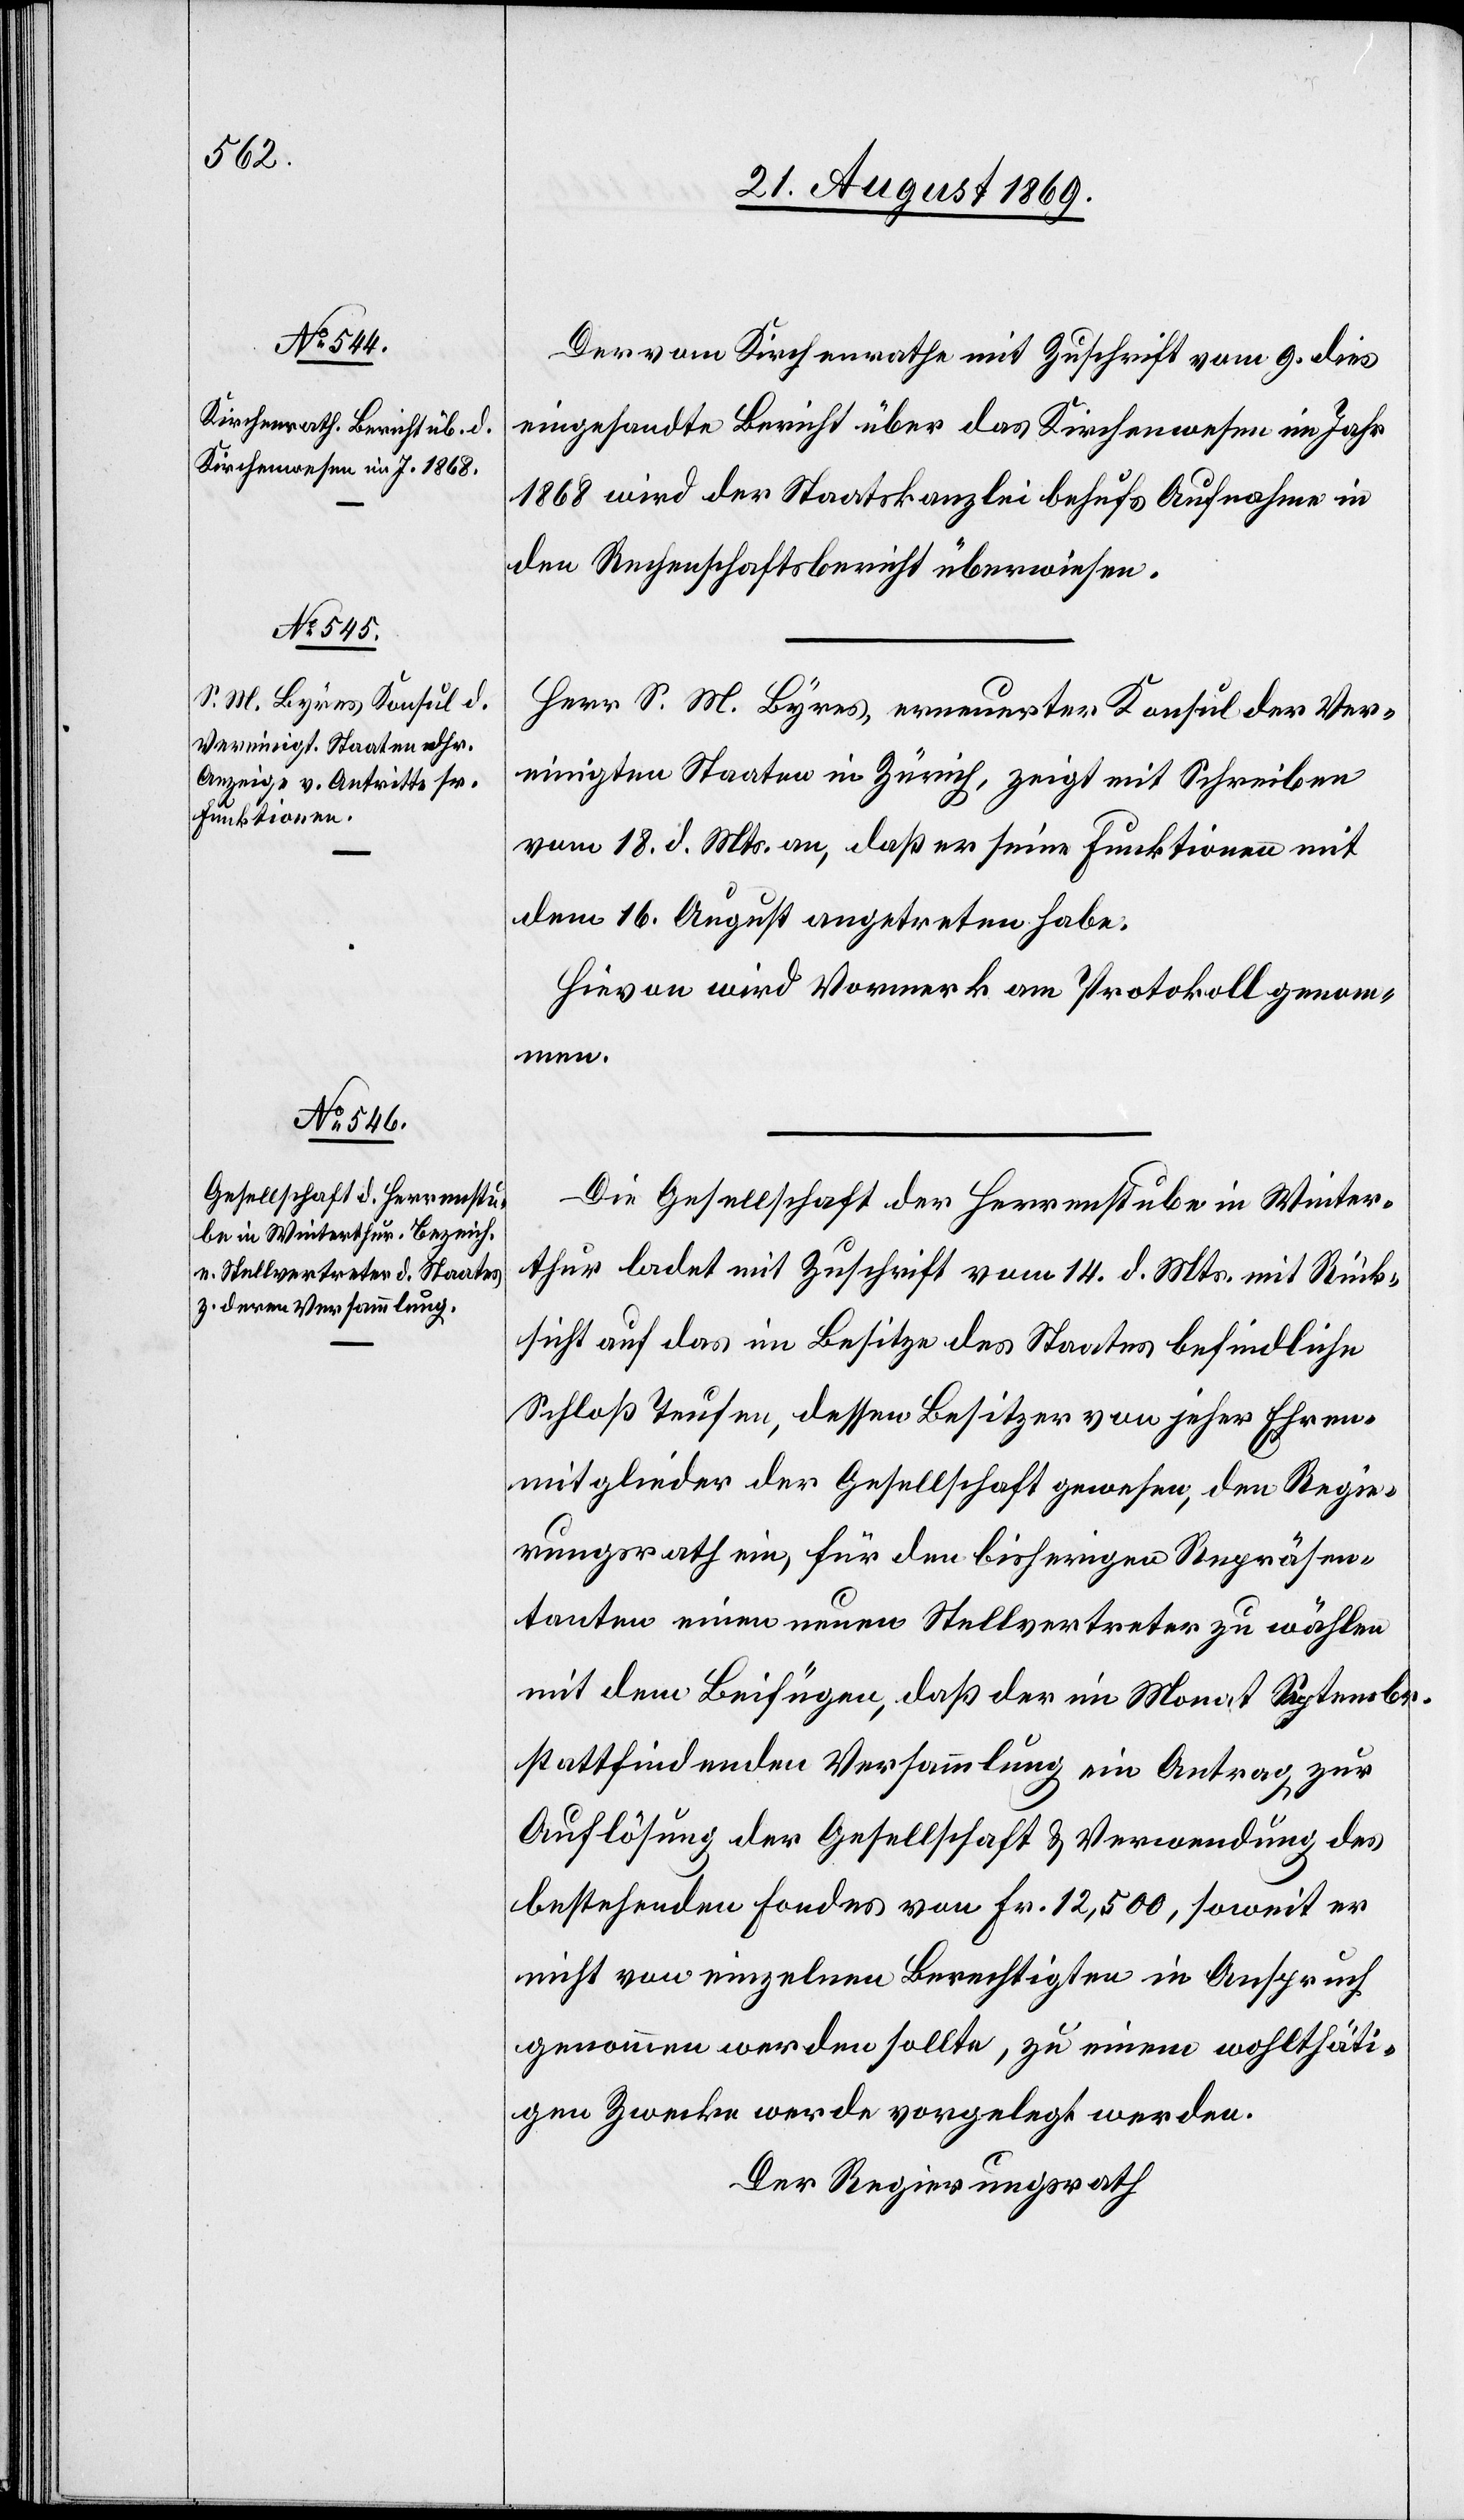
Der vom Kirchenrathe mit Zuschrift vom 9. dies
eingesandte Bericht über das Kirchenwesen im Jahr
1868 wird der Staatskanzlei behufs Aufnahme in
den Rechenschaftsbericht überwiesen.
Herr S. M. Byres, erneuerter Konsul der Ver¬
einigten Staaten in Zürich, zeigt mit Schreiben
vom 18. d. Mts. an, daß er seine Funktionen mit
dem 16. August angetreten habe.
Hievon wird Vormerk am Protokoll genom¬
men.
Die Gesellschaft der Herrenstube in Winter¬
thur ladet mit Zuschrift vom 14. d. Mts. mit Rück¬
sicht auf das im Besitze des Staates befindliche
Schloß Teufen, dessen Besitzer von jeher Ehren¬
mitglieder der Gesellschaft gewesen, den Regie¬
rungsrath ein, für den bisherigen Repräsen¬
tanten einen neuen Stellvertreter zu wählen
mit dem Beifügen, daß der im Monat Septembr.
stattfindenden Versammlung ein Antrag zur
Auflösung der Gesellschaft & Verwendung des
bestehenden Fondes von Fr. 12,500, soweit er
nicht von einzelnen Berechtigten in Anspruch
genommen werden sollte, zu einem wohlthäti¬
gen Zwecke werde vorgelegt werden.
Der Regierungsrath